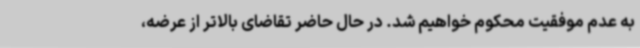
به عدم موفقیت محکوم خواهیم شد. در حال حاضر تقاضای بالاتر از عرضه،